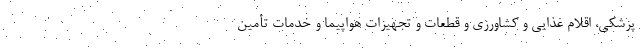
پزشکی، اقلام غذایی و کشاورزی و قطعات و تجهیزات هواپیما و خدمات تأمین